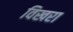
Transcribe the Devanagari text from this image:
विखरा